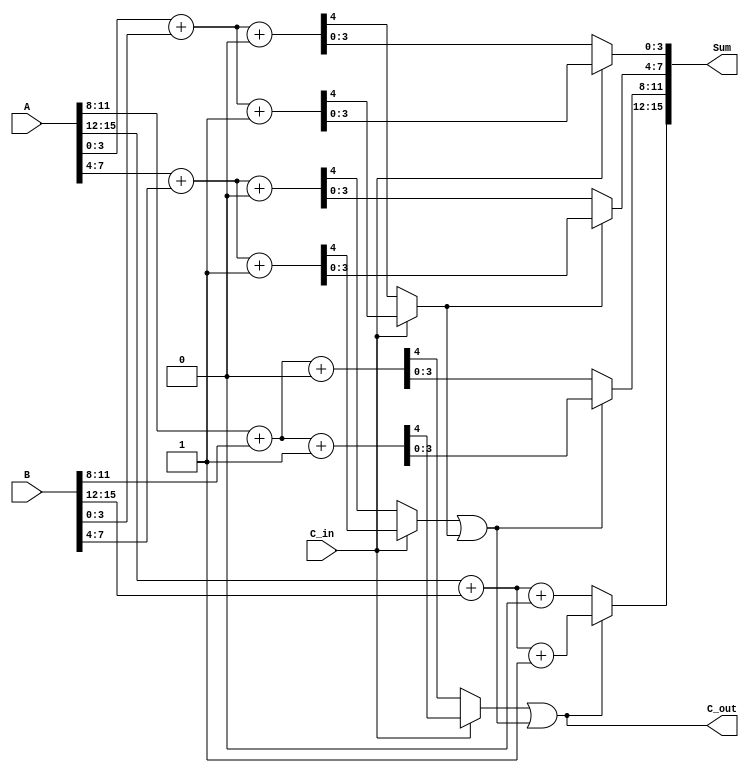
module hybrid_carry_select_adder (
    input [15:0] A,       // First 16-bit input
    input [15:0] B,       // Second 16-bit input
    input C_in,           // Carry-in
    output [15:0] Sum,    // 16-bit sum output
    output C_out          // Carry-out
);

    // Internal wires for segment sums and carries
    wire [3:0] sum0[3:0]; // Sums for C_in = 0
    wire [3:0] sum1[3:0]; // Sums for C_in = 1
    wire carry0[3:0];      // Carry-out for C_in = 0
    wire carry1[3:0];      // Carry-out for C_in = 1
    wire carry_select[2:0]; // Carry select signals

    // Segment size
    parameter SEGMENT_SIZE = 4;

    // Generate the 4-bit adders for each segment
    genvar i;
    generate
        for (i = 0; i < 4; i = i + 1) begin : segment
            // Adder for C_in = 0
            wire [3:0] A_segment = A[i*SEGMENT_SIZE +: SEGMENT_SIZE];
            wire [3:0] B_segment = B[i*SEGMENT_SIZE +: SEGMENT_SIZE];

            // Instantiate full adders for C_in = 0
            assign {carry0[i], sum0[i]} = A_segment + B_segment + 1'b0;

            // Instantiate full adders for C_in = 1
            assign {carry1[i], sum1[i]} = A_segment + B_segment + 1'b1;
        end
    endgenerate

    // Carry select logic
    assign carry_select[0] = C_in ? carry1[0] : carry0[0];
    assign carry_select[1] = (C_in ? carry1[1] : carry0[1]) | carry_select[0];
    assign carry_select[2] = (C_in ? carry1[2] : carry0[2]) | carry_select[1];

    // Final sum selection
    assign Sum[3:0] = C_in ? sum1[0] : sum0[0];
    assign Sum[7:4] = carry_select[0] ? sum1[1] : sum0[1];
    assign Sum[11:8] = carry_select[1] ? sum1[2] : sum0[2];
    assign Sum[15:12] = carry_select[2] ? sum1[3] : sum0[3];

    // Final carry-out
    assign C_out = carry_select[2];

endmodule